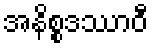
အနိစ္စဒဿာဝီ